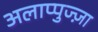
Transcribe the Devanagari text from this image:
अलाप्पुज्ज़ा